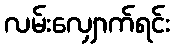
လမ်းလျှောက်ရင်း